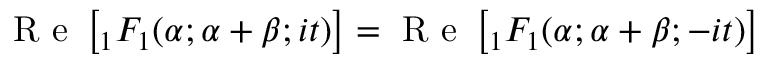
{ \textrm { R e } } \left[ { } _ { 1 } F _ { 1 } ( \alpha ; \alpha + \beta ; i t ) \right] = { \textrm { R e } } \left[ { } _ { 1 } F _ { 1 } ( \alpha ; \alpha + \beta ; - i t ) \right]